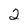
Character: 2